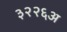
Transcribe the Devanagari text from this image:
३२२६अ